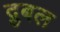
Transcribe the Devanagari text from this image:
द्रुबल